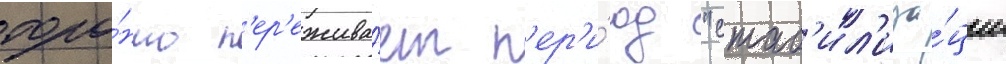
торо́нто п'ер'ежива́ет п'ер'и́од "стаб'ил'иза́ции